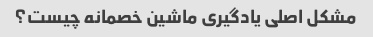
مشکل اصلی یادگیری ماشین خصمانه چیست؟